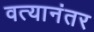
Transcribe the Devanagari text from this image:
वत्यानंतर